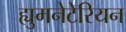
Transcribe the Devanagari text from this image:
ह्युमनेटेरियन